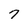
Character: 7